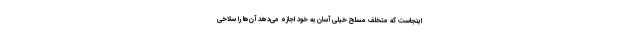
اینجاست که متخلف مسلح خیلی آسان به خود اجازه می‌دهد آن‌ها را سلاخی